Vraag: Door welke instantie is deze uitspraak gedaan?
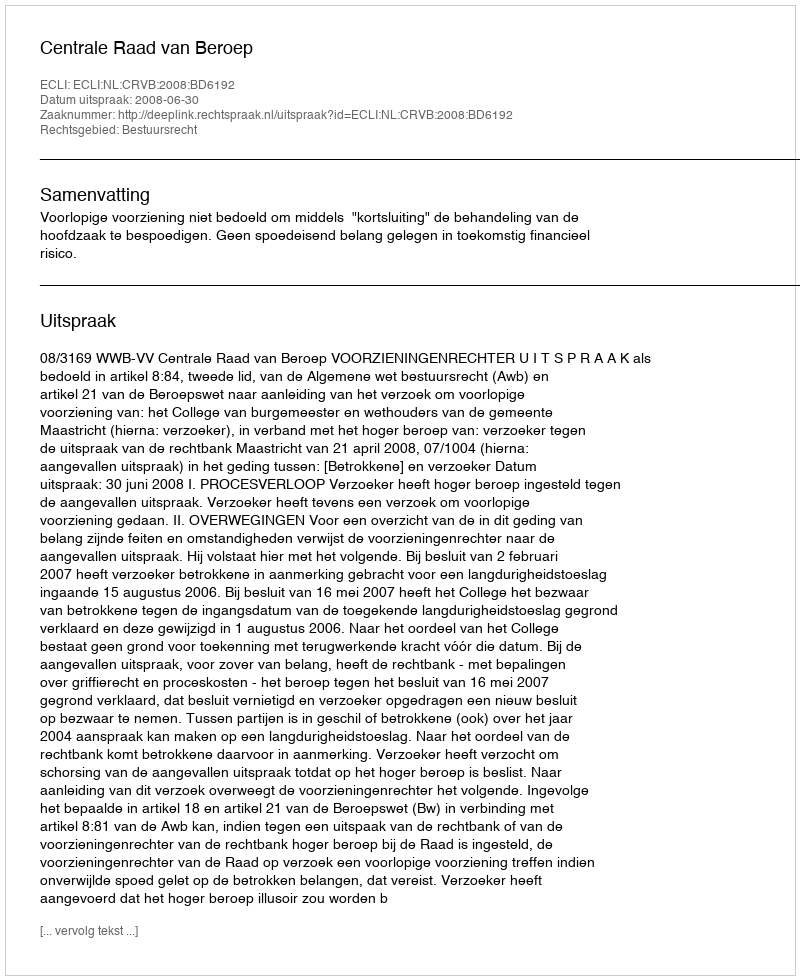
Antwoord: Centrale Raad van Beroep